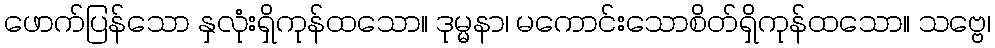
ဖောက်ပြန်သော နှလုံးရှိကုန်ထသော။ ဒုမ္မနာ၊ မကောင်းသောစိတ်ရှိကုန်ထသော။ သဗ္ဗေ၊